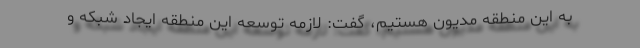
به این منطقه مدیون هستیم، گفت: لازمه توسعه این منطقه ایجاد شبکه و